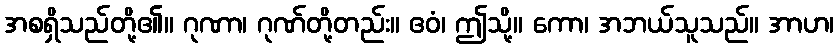
အစရှိသည်တို့၏။ ဂုဏာ၊ ဂုဏ်တို့တည်း။ ဧဝံ၊ ဤသို့။ ကော၊ အဘယ်သူသည်။ အာဟ၊